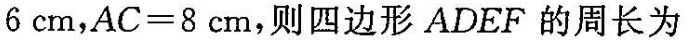
6$cm，$$A C = 8$$cm，则四边形ADEF的周长为